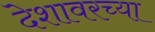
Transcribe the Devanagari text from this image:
देशावरच्या